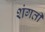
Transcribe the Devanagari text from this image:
शंगती